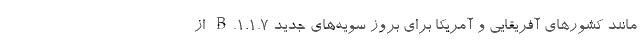
مانند کشورهای آفریقایی و آمریکا برای بروز سویه‌های جدید B.۱.۱.۷ از